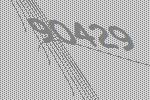
90429